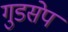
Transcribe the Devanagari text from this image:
गुडसेप